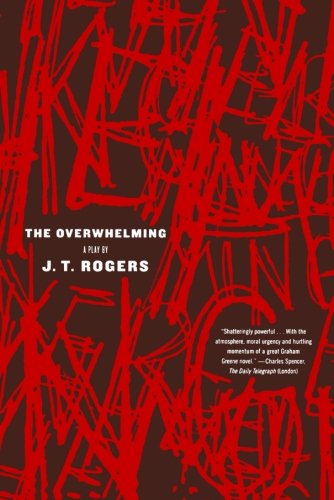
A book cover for The Overwhelming: A Play; J. T. Rogers; Travel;